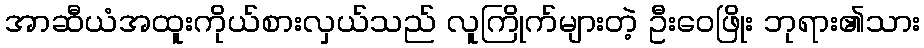
အာဆီယံအထူးကိုယ်စားလှယ်သည် လူကြိုက်များတဲ့ ဦးဝေဖြိုး ဘုရား၏သား